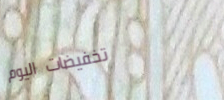
تخفيضات اليوم